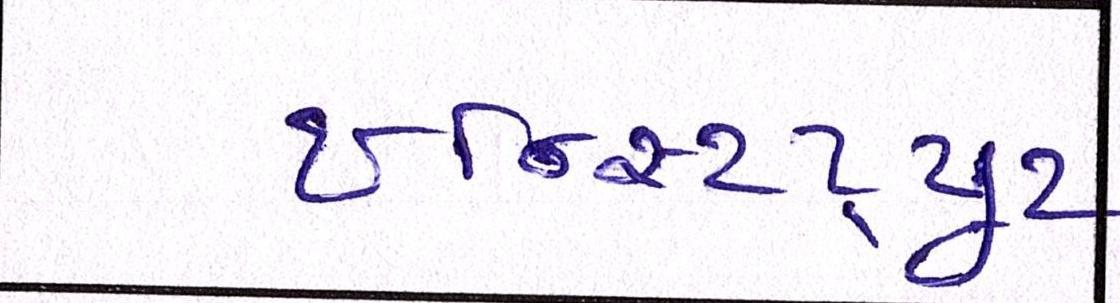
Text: ઇન્સ્ટિટ્યૂટ